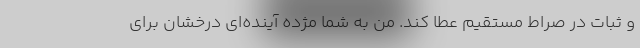
و ثبات در صراط مستقیم عطا کند. من به شما مژده آینده‌ای درخشان برای